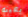
بعينه